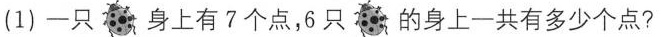
(1)一只 输身上有7个点，6只 的身上一共有多少个点?